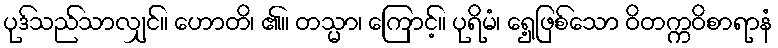
ပုဒ်သည်သာလျှင်။ ဟောတိ၊ ၏။ တသ္မာ၊ ကြောင့်။ ပုရိမံ၊ ရှေ့ဖြစ်သော ဝိတက္ကဝိစာရာနံ